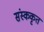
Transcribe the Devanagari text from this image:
संस्ककृत